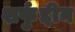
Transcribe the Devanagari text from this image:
शर्फुद्दीन